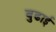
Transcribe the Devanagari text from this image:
बुढाई